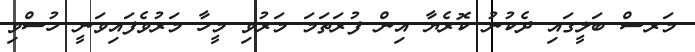
މަރސް ބަލީގައި ދެކުނު ކޮރެޔާ އިން ފުރަތަމަ މަރުވި މީހާ މަރުވެފައިވަނީ ހުސްވި